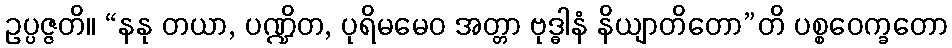
ဥပ္ပဇ္ဇတိ။ “နနု တယာ, ပဏ္ဍိတ, ပုရိမမေဝ အတ္တာ ဗုဒ္ဓါနံ နိယျာတိတော”တိ ပစ္စဝေက္ခတော